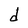
Character: d